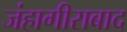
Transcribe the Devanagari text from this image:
जंहागीराबाद